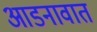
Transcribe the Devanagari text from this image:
आडनावात